Burma Government Medical School reports 1923-41
Year: 1923
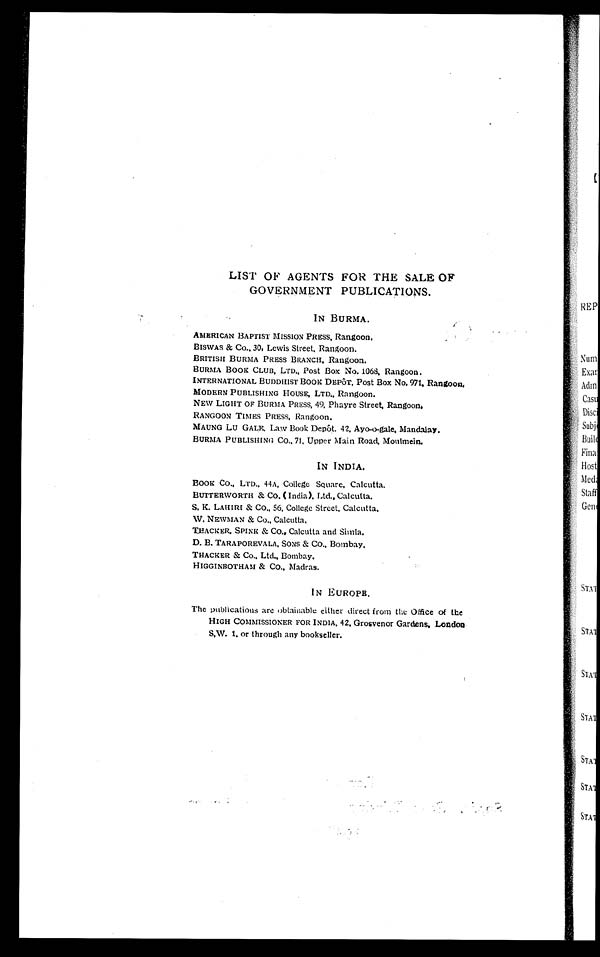
LIST OF AGENTS FOR THE SALE OF
GOVERNMENT PUBLICATIONS.
IN BURMA.
AMERICAN BAPTIST MISSION PRESS, Rangoon.
BISWAS & Co. , 30, Lewis Street, Rangoon.
BRITISH BURMA PRESS BRANCH. Rangoon.
BURMA BOOK CLUB, LTD., Post Box No. 1068, Rangoon.
INTERNATIONAL BUDDHIST BOOK DEPôT, Post Box No. 971, Rangoon,
MODERN PUBLISHING HOUSE, LTD. , Rangoon.
NEW LIGHT OF BURMA PRESS, 49, Phayre Street, Rangoon,
RANGOON TIMES PRESS, Rangoon.
MAUNG LU GALE. Law Book Depôt . 42, Ayo-o-gal e, Mandal ay.
BURMA PUBLISHING Co. , 71, Upper Mai n Road, Moul mei n.
IN INDIA.
BOOR Co. , LTD. , 44A, Col l e ge Squa r e , Ca l c ut t a .
BUTTERWORTH & CO. ( India). Ltd. , Calcutta.
S. K. LAHI RI & Co. , 56, Col l e ge St r e e t . Ca l c ut t a .
W. NEWMAN & Co. , Cal cut t a,
T R A C K E R . S P I N E & C O . , C a l c u t t a a n d S i m l a .
D. B. TARAPOREVALA, SONS & CO. , Bombay,
THACKER & Co. , Ltd. , Bombay.
HIGGINROTHAM & CO. , Madras.
IN EUROPE.
The publications are obtainable either direct from the Office of the
HIGH COMMISSIONER FOR INDIA, 42, Grosvenor Gardens, London-
S. W. 1, or through any bookseller.